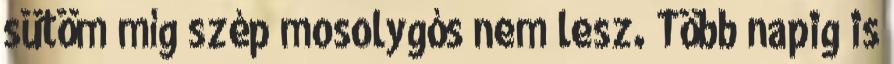
sütöm míg szép mosolygós nem lesz. Több napig is